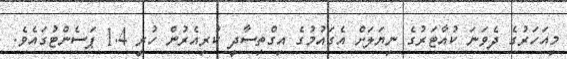
މިއަހަރުގެ ދެވަނަ ކުއާޓަރުގެ ނިޔަލަށް އެގައުމުގެ އިގްތިސާދީ ކުރިއެރުން ހުރީ 1.4 ޕަސެންޓުގައެވެ.